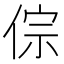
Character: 倧